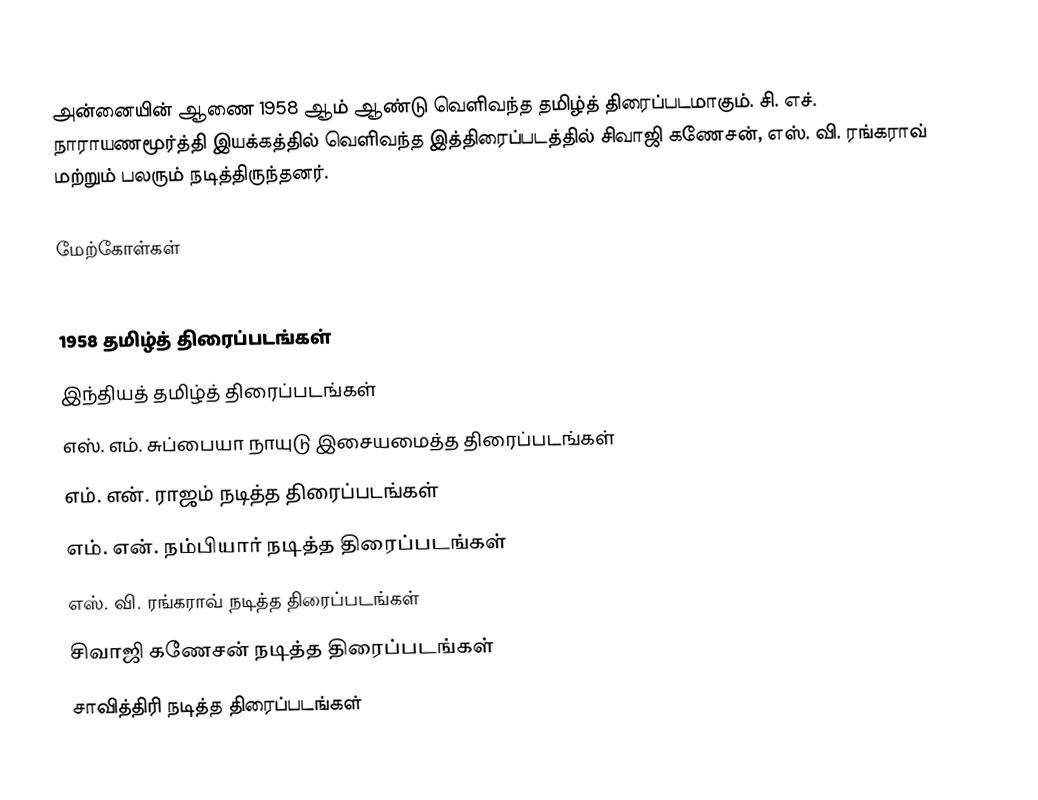
அன்னையின் ஆணை 1958 ஆம் ஆண்டு வெளிவந்த தமிழ்த் திரைப்படமாகும். சி. எச். நாராயணமூர்த்தி இயக்கத்தில் வெளிவந்த இத்திரைப்படத்தில் சிவாஜி கணேசன், எஸ். வி. ரங்கராவ் மற்றும் பலரும் நடித்திருந்தனர்.

மேற்கோள்கள்

1958 தமிழ்த் திரைப்படங்கள்
இந்தியத் தமிழ்த் திரைப்படங்கள்
எஸ். எம். சுப்பையா நாயுடு இசையமைத்த திரைப்படங்கள்
எம். என். ராஜம் நடித்த திரைப்படங்கள்
எம். என். நம்பியார் நடித்த திரைப்படங்கள்
எஸ். வி. ரங்கராவ் நடித்த திரைப்படங்கள்
சிவாஜி கணேசன் நடித்த திரைப்படங்கள்
சாவித்திரி நடித்த திரைப்படங்கள்